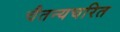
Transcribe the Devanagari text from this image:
चैतन्यचरित